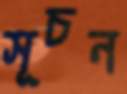
সূচন